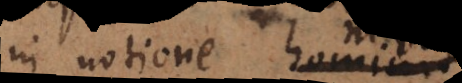
in notione hominis;